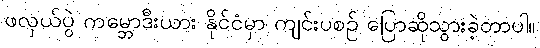
ဖလှယ်ပွဲ ကမ္ဘောဒီးယား နိုင်ငံမှာ ကျင်းပစဉ် ပြောဆိုသွားခဲ့တာပါ။